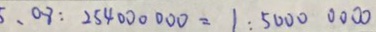
、 0 8 : 2 5 4 0 0 0 0 0 0 = 1 : 5 0 0 0 0 0 0 0